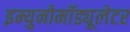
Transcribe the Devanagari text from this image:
इम्युनोमॉड्यूलेटर